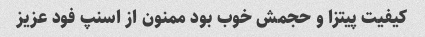
کیفیت پیتزا و حجمش خوب بود ممنون از اسنپ فود عزیز